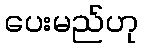
ပေးမည်ဟု